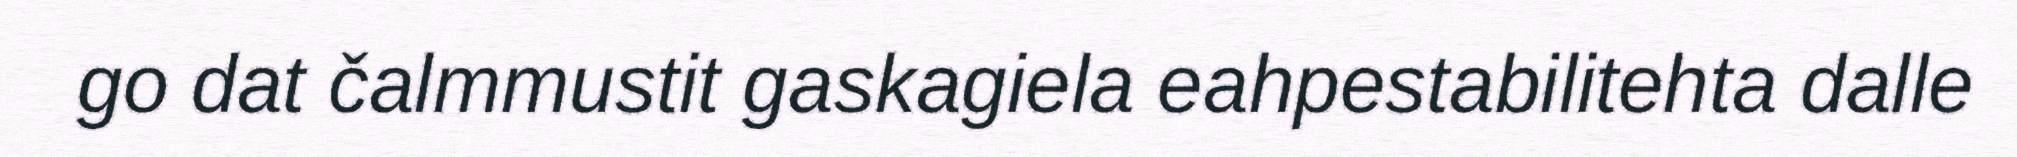
go dat čalmmustit gaskagiela eahpestabilitehta dalle